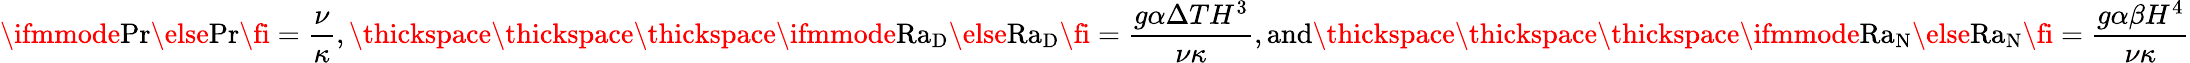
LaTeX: \ifmmode\mathrm{Pr}\else\mathrm{Pr}\fi=\frac{\nu}{\kappa},\thickspace\thickspace\thickspace\ifmmode\mathrm{Ra}_{\textrm{D}}\else\mathrm{Ra}_{\textrm{D}}\fi=\frac{g\alpha\Delta TH^{3}}{\nu\kappa},\textrm{and}\thickspace\thickspace\thickspace\ifmmode\mathrm{Ra}_{\textrm{N}}\else\mathrm{Ra}_{\textrm{N}}\fi=\frac{g\alpha\beta H^{4}}{\nu\kappa}